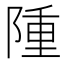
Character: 隀